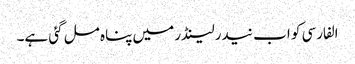
الفارسی کو اب نیدرلینڈر میں پناہ مل گئی ہے۔